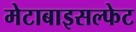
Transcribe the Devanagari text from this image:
मेटाबाइसल्फेट